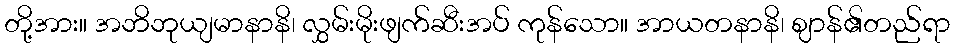
တို့အား။ အဘိဘုယျမာနာနိ၊ လွှမ်းမိုးဖျက်ဆီးအပ် ကုန်သော။ အာယတနာနိ၊ ဈာန်၏တည်ရာ